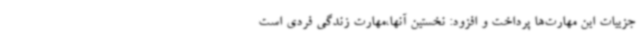
جزییات این مهارت‌ها پرداخت و افزود: نخستین آنها،مهارت زندگی فردی است